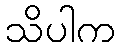
သိပါက